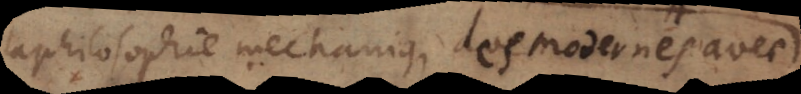
philosophie mechanique des modernes avec